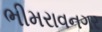
ભીમરાવનગર